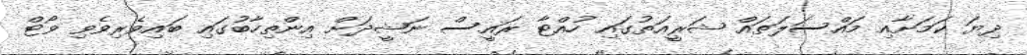
ދިޔަ ކަމަށާއި މައްސަލަތައް ޝަރީއަތުގައި ހުއްޓާ ރައީސް ނަޝީދަށް އިންތިހާބުގައި ބައިވެރިވެވި ވޯޓް